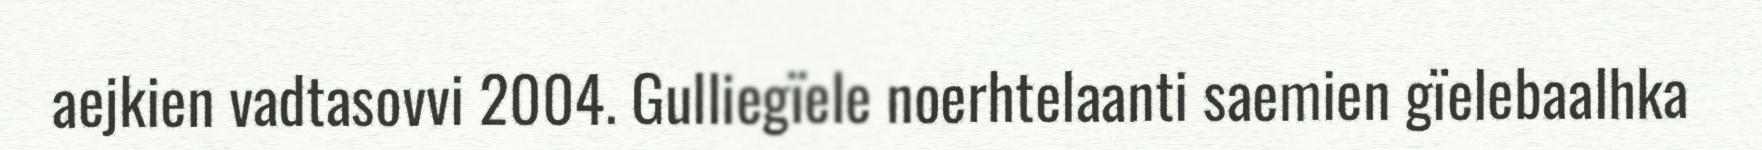
aejkien vadtasovvi 2004. Gulliegïele noerhtelaanti saemien gïelebaalhka